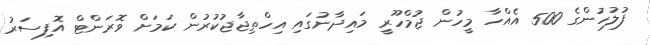
ފުލުހުންގެ 500 އެއްހާ މީހުން ޖުމްހޫރީ މައިދާނުގައި އިހްތިޖާޖުކުރުން ކަމަށް ވޮރަންޓް އޮފިސަރު